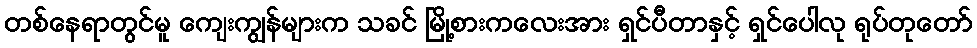
တစ်နေရာတွင်မူ ကျေးကျွန်များက သခင် မြို့စားကလေးအား ရှင်ပီတာနှင့် ရှင်ပေါလု ရုပ်တုတော်